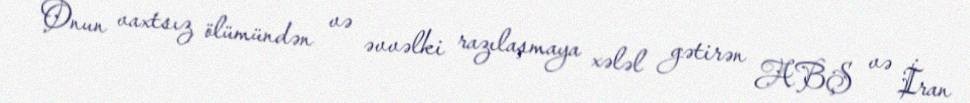
Onun vaxtsız ölümündən və əvvəlki razılaşmaya xələl gətirən ABŞ və İran